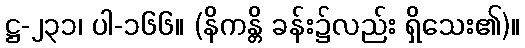
ဋ္ဌ-၂၃၁၊ ပါ-၁၆၆။ (နိကန္တိ ခန်း၌လည်း ရှိသေး၏)။